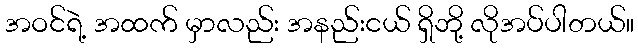
အဝင်ရဲ့ အထက် မှာလည်း အနည်းငယ် ရှိဘို့ လိုအပ်ပါတယ်။